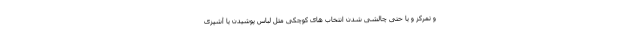
و تمرکز و یا حتی چالشی شدن انتخاب های کوچکی مثل لباس پوشیدن یا آشپزی